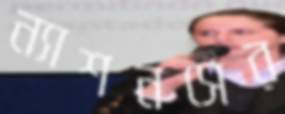
ন্যাশনসের